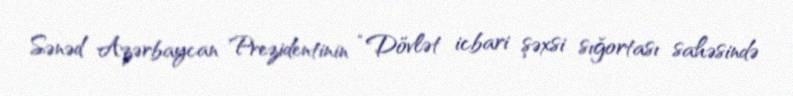
Sənəd Azərbaycan Prezidentinin “Dövlət icbari şəxsi sığortası sahəsində